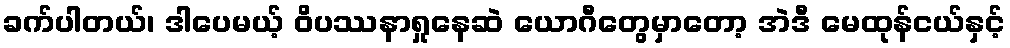
ခက်ပါတယ်၊ ဒါပေမယ့် ဝိပဿနာရှုနေဆဲ ယောဂီတွေမှာတော့ အဲဒီ မေထုန်ငယ်နှင့်